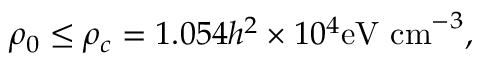
\rho _ { 0 } \leq \rho _ { c } = 1 . 0 5 4 h ^ { 2 } \times 1 0 ^ { 4 } \mathrm { e V ~ c m } ^ { - 3 } ,